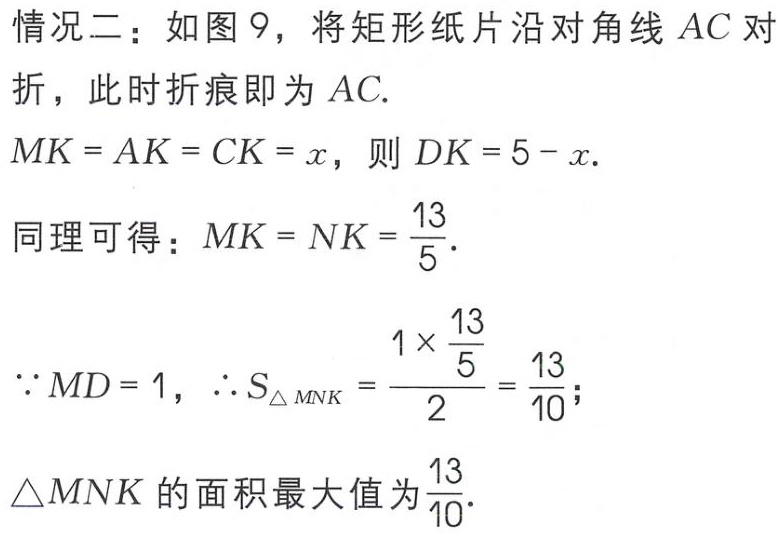
情况二：如图 9，将矩形纸片沿对角线 \(AC\) 对折，此时折痕即为 \(AC\).
\(MK = AK = CK = x\)，则 \(DK = 5 - x\).
同理可得：\(MK = NK = \frac{13}{5}\).
\(\because MD = 1\)，\(\therefore S_{\triangle MNK}=\frac{1\times\frac{13}{5}}{2}=\frac{13}{10}\)；
\(\triangle MNK\) 的面积最大值为 \(\frac{13}{10}\).